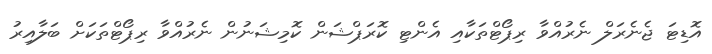
އޮޑިޓަ ޖެނެރަލް ނެރުއްވާ ރިޕޯޓްތަކާއި އެންޓި ކޮރަޕްޝަން ކޮމިޝަނުން ނެރުއްވާ ރިޕޯޓްތަކަށް ބަލާއިރު